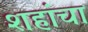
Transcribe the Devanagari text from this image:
शहांचा